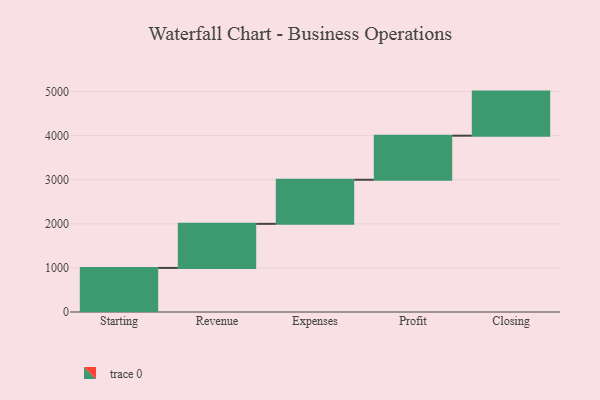
{"axis": {"x": "Step", "y": "Value"}, "legend": [""], "data": [{"x": "Starting", "y": 1000, "type": ""}, {"x": "Revenue", "y": 1000, "type": ""}, {"x": "Expenses", "y": 1000, "type": ""}, {"x": "Profit", "y": 1000, "type": ""}, {"x": "Closing", "y": 1000, "type": ""}]}